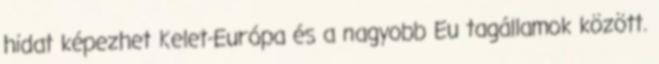
hidat képezhet Kelet-Európa és a nagyobb Eu tagállamok között.